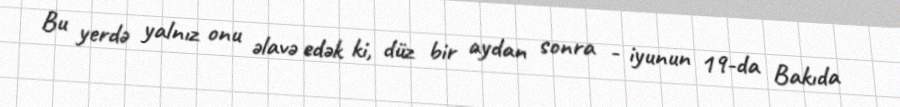
Bu yerdə yalnız onu əlavə edək ki, düz bir aydan sonra - iyunun 19-da Bakıda